Vaccination United Provinces of Agra and Oudh 1914-1922 - 1914-1922
Year: 1914
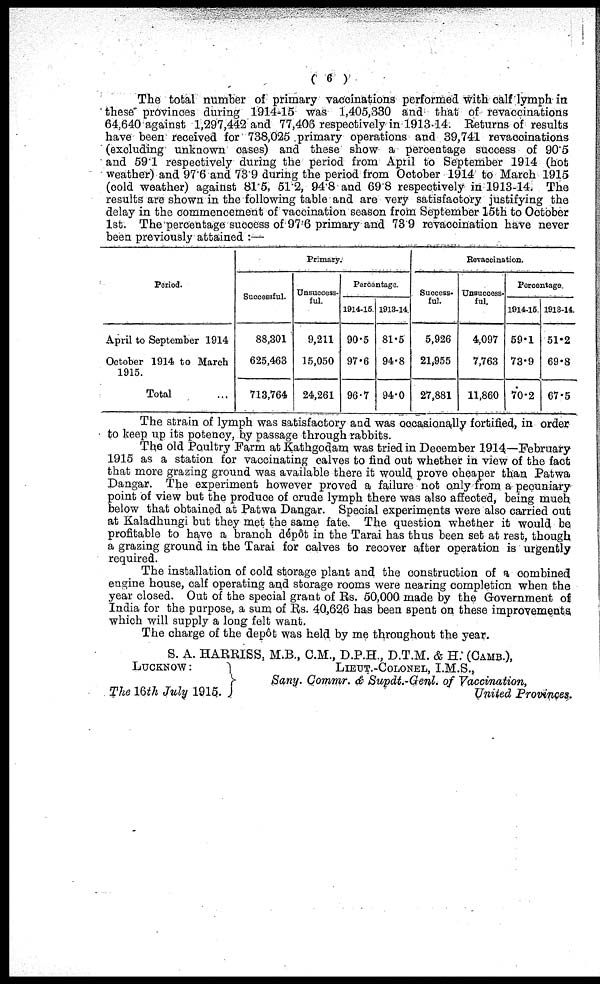
( 6 )
The total number of primary vaccinations performed with calf lymph in
these provinces during 1914-15 was 1,405,330 and that of revaccinations
64,640 against 1,297,442 and 77,406 respectively in 1913.14. Returns of results
have been received for 738,025 primary operations and 39,741 revaccinations
(excluding unknown cases) and these show a percentage success of 90'5
and 59.1 respectively during the period from April to September 1914 (hot
weather) and 97.6 and 73 9 during the period from October 1914 to March 1915
(cold weather) against 81.5, 51.2, 94.8 and 69.8 respectively in 1913-14. The
results are shown in the following table and are very satisfactory justifying the
delay in the commencement of vaccination season from September 15th to October
1st. The percentage success of 97.6 primary and 73.9 revaccination have never
been previously attained :—
Period.
April to September 1914
October 1914 to March
1915.
Total ..
Primary.
Successful.
88,301
625,463
713,764
Unsuccess-
ful.
9,211
15,050
24,261
Percentage.
1914-15
90.5
97.6
96.7
1913-14.
81.5
94.8
94.0
Revaccination.
Success¬
ful.
5,926
21,955
27,881
Unsuccess-
ful.
4,097
7,763
11,860
Percentage
1914-15
59.1
73.9
70.2
1913-14.
51.2
69.8
67.5
The strain of lymph was satisfactory and was occasionally fortified, in order
to keep up its potency, by passage through rabbits.
The old Poultry Farm at Kathgodam was tried in December 1914—February
1915 as a station for vaccinating calves to find out whether in view of the fact
that more grazing ground was available there it would prove cheaper than Patwa
Dangar. The experiment however proved a failure not only from a pecuniary
point of view but the produce of crude lymph there was also affected, being much
below that obtained at Patwa Dangar. Special experiments were also carried out
at Kaladhungi but they met the same fate. The question whether it would be
profitable to have a branch dépôt in the Tarai has thus been set at rest, though
a grazing ground in the Tarai for calves to recover after operation is urgently
required.
The installation of cold storage plant and the construction of a combined
engine house, calf operating and storage rooms were nearing completion when the
year closed. Out of the special grant of Rs. 50,000 made by the Government of
India for the purpose, a sum of Rs. 40,626 has been spent on these improvements,
which will supply a long felt want.
The charge of the depôt was held by me throughout the year.
S. A. HARRISS, M.B., CM., D.P.H., D.T.M. & H: (CAMB.),
LUCKNOW:
The 16th July 1915.
LIEUT.-COLONEL, I.M.S.,
Sany. Commr. & Supdt.-Genl. of Vaccination,
United Provinces.